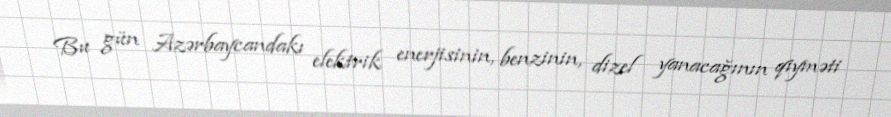
Bu gün Azərbaycandakı elektrik enerjisinin, benzinin, dizel yanacağının qiyməti